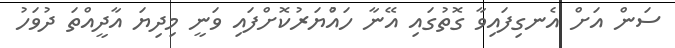
ސަން އަށް އެނގިފައިވާ ގޮތުގައި އޭނާ ހައްުޔަރުކޮށްފައި ވަނީ މިދިޔަ އާދީއްތަ ދުވަހު